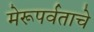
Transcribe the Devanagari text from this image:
मेरूपर्वताचे